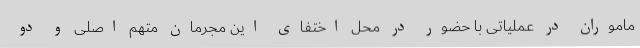
ماموران در عملیاتی با حضور در محل اختفای این مجرمان متهم اصلی و دو